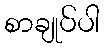
စာချုပ်ပါ